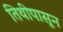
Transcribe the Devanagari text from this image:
तिथीपासून